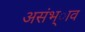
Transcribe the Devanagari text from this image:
असंभ्ाव